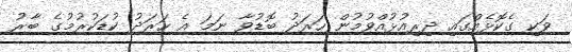
ވަކި ގެކޮޅެއްގައި ދިރިއުޅުއްވުމުން ހަރަދު ބޮޑުވާ ނަމަ އެ ހަރަދު ކުޑަކުރުމުގެ ބާރު